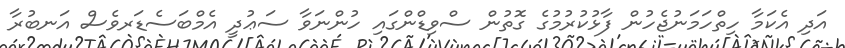
އަދި އެކަމާ ހިތްހަމަނުޖެހުން ފާޅުކުރުމުގެ ގޮތުން ސްވިޑްންގައި ހުންނަވާ ސަޢުދީ އެމްބަސެޑަރވެސް އަނބުރާ